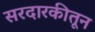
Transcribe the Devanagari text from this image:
सरदारकीतून